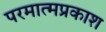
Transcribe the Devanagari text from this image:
परमात्मप्रकाश